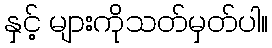
နှင့် များကိုသတ်မှတ်ပါ။